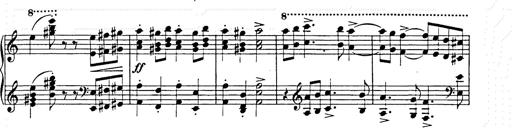
Title: Hungarian Rhapsody No.15
Composer: Franz Liszt
Key: A minor